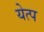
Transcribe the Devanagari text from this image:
येत्प